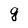
Character: g